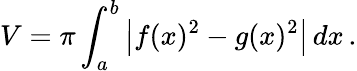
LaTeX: V=\pi\int_{a}^{b}\left|f(x)^{2}-g(x)^{2}\right|\, dx\, .